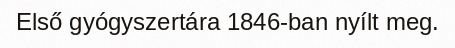
Első gyógyszertára 1846-ban nyílt meg.